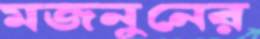
মজনুনের